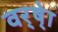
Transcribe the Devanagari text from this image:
वर्ष्‍ेा